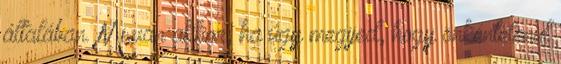
általában. Mi van akkor, ha úgy megijed, hogy önkéntelenül